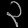
Digit: ၃